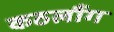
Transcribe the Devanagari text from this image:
कठलौंग